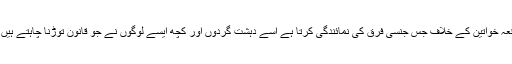
لیکن مہم کے منتظمین کا کہنا ہے کہ برقعہ خواتین کے خلاف جس جنسی فرق کی نمائندگی کرتا ہے اسے دہشت گردوں اور کچھ ایسے لوگوں نے جو قانون توڑنا چاہتے ہیں بہت موثر طریقے سے استعمال کیا ہے ۔